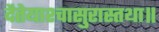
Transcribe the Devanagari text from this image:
दैतेयाश्चासुरास्तथा॥